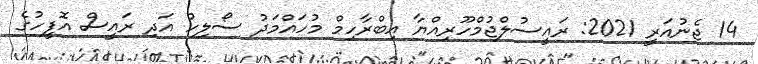
14 ޖެނުއަރީ 2021: ރައީސުލްޖުމްހޫރިއްޔާ އިބްރާހިމް މުހައްމަދު ސޯލިހު އަދި ރައީސް އޮފީހުގެ